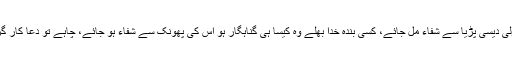
وہ چاہے تو معمولی دیسی پڑیا سے شفاء مل جائے، کسی بندہ خدا بھلے وہ کیسا ہی گناہگار ہو اس کی پھونک سے شفاء ہو جائے، چاہے تو دعا کار گر نہ دواء میں اثر۔